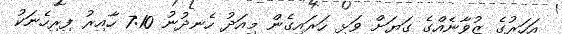
އަހަރުގެ ޒުވާނެއްގެ ގަޔަށް ވަޅި ހަރައިގެން މިއަދު ހެނދުނު 7:10 ހާއިރު ފިރިހެނަކު